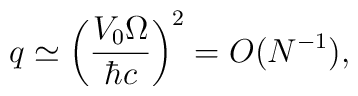
q \simeq \left( \frac{V_{0} \Omega}{\hbar c} \right)^2 = O(N^{-1}) ,